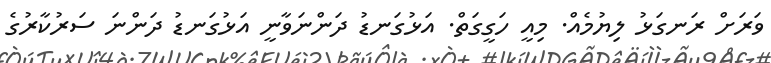
ވަރަށް ރަނގަޅު ލިޔުމެއް. މިއީ ހަގީގަތް. އަޅުގަނޑު ދަންނަވާނީ އަޅުގަނޑު ދަންނަ ސަރުކާރުގެ